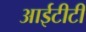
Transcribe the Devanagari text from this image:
आईटीटी